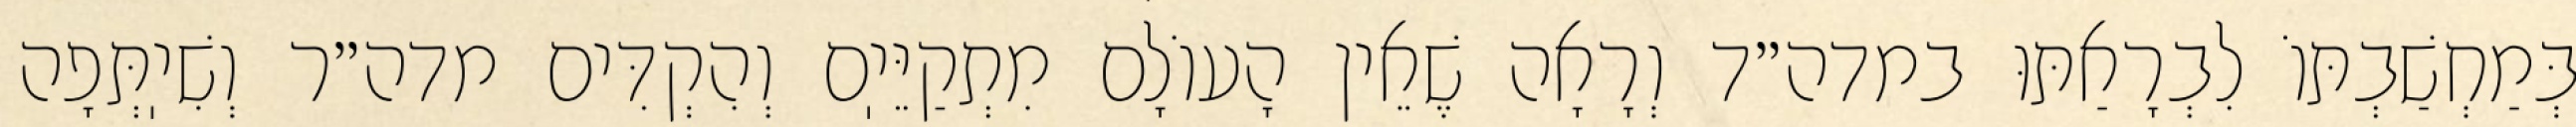
בְּמַחְשַׁבְתּוֹ לִבְרָאַתּוּ במדה״ד וְרָאָה שֶׁאֵין הָעוֹלָם מִתְקַיֵּיֽם וְהִקְדִּים מדה״ר וְשִׁיֽתְּפָה